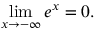
\operatorname* { l i m } _ { x \to - \infty } e ^ { x } = 0 .